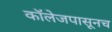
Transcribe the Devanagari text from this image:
कॉलेजपासूनच